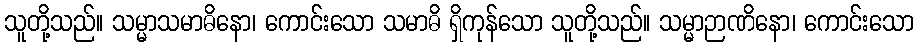
သူတို့သည်။ သမ္မာသမာဓိနော၊ ကောင်းသော သမာဓိ ရှိကုန်သော သူတို့သည်။ သမ္မာဉာဏိနော၊ ကောင်းသော